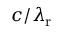
c / \lambda _ { \mathrm { r } }